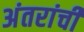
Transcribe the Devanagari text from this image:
अंतरांची